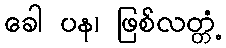
ခေါ ပန၊ ဖြစ်လတ္တံ့